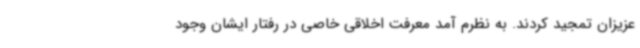
عزیزان تمجید کردند. به نظرم آمد معرفت اخلاقی خاصی در رفتار ایشان وجود